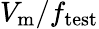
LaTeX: V_{\mathrm{m}}/f_{\mathrm{test}}